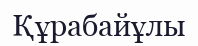
Құрабайұлы